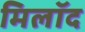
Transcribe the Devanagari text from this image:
मिलॉद